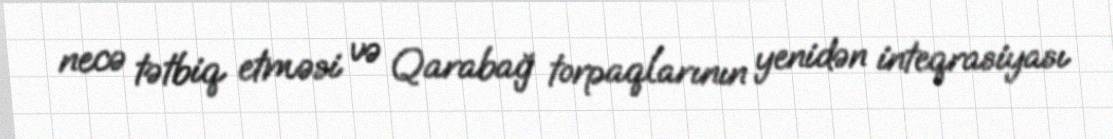
necə tətbiq etməsi və Qarabağ torpaqlarının yenidən inteqrasiyası